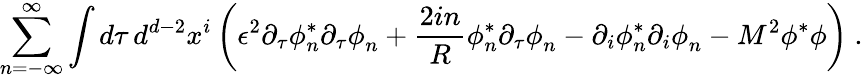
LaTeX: \sum_{n=-\infty}^{\infty}\int d\tau\, d^{d-2}x^{i}\left(\epsilon^{2}\partial_{\tau}\phi_{n}^{*}\partial_{\tau}\phi_{n}^{\vphantom x}+\frac{2in}{R}\phi_{n}^{*}\partial_{\tau}\phi_{n}^{\vphantom x}-\partial_{i}\phi_{n}^{*}\partial_{i}\phi_{n}^{\vphantom x}-M^{2}\phi^{*}\phi\right)\ .